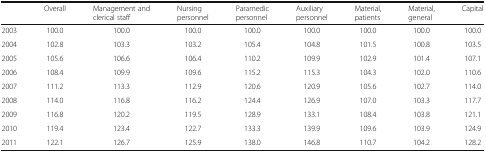
|  | Overall | Management and clerical staff | Nursing personnel | Paramedic personnel | Auxiliary personnel | Material, patients | Material, general | Capital |
 | --- | --- | --- | --- | --- | --- | --- | --- | --- |
 | 2003 | 100.0 | 100.0 | 100.0 | 100.0 | 100.0 | 100.0 | 100.0 | 100.0 |
 | 2004 | 102.8 | 103.3 | 103.2 | 105.4 | 104.8 | 101.5 | 100.8 | 103.5 |
 | 2005 | 105.6 | 106.6 | 106.4 | 110.2 | 109.9 | 102.9 | 101.4 | 107.1 |
 | 2006 | 108.4 | 109.9 | 109.6 | 115.2 | 115.3 | 104.3 | 102.0 | 110.6 |
 | 2007 | 111.2 | 113.3 | 112.9 | 120.6 | 120.9 | 105.6 | 102.7 | 114.0 |
 | 2008 | 114.0 | 116.8 | 116.2 | 124.4 | 126.9 | 107.0 | 103.3 | 117.7 |
 | 2009 | 116.8 | 120.2 | 119.5 | 128.9 | 133.1 | 108.4 | 103.8 | 121.1 |
 | 2010 | 119.4 | 123.4 | 122.7 | 133.3 | 139.9 | 109.6 | 103.9 | 124.9 |
 | 2011 | 122.1 | 126.7 | 125.9 | 138.0 | 146.8 | 110.7 | 104.2 | 128.2 |